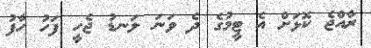
ރާއްޖެ ކޮޅަށް އެ ޓީމުގެ ދެ ވަނަ ލަނޑު ޖެހީ ފަހު ހާފު